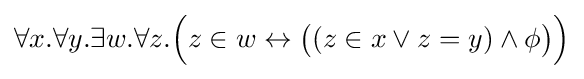
\forall x.\forall y.\exists w.\forall z.{\Big (}z\in w\leftrightarrow {\big (}(z\in x\lor z=y)\land \phi {\big )}{\Big )}